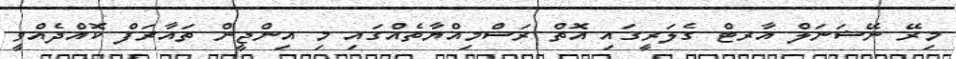
މިރޭ ނޭޝަނަލް އާރޓް ގެލަރީގައި އޮތް ރަސްމިއްޔާތެއްގައި މި އިންޖީން ތައާރަފް ކޮއްދެއްވީ